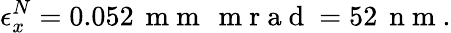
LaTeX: \epsilon_{x}^{N}=0.052\, \mathrm{~m~m~}\, \mathrm{~m~r~a~d~}=52\, \mathrm{~n~m~}.